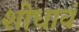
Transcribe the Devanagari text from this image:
शोधावं